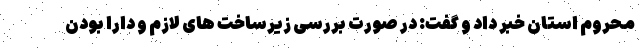
محروم استان خبر داد و گفت: در صورت بررسی زیرساخت های لازم و دارا بودن